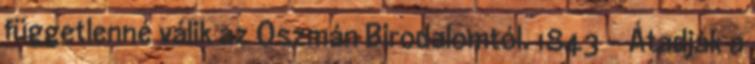
függetlenné válik az Oszmán Birodalomtól. 1843 - Átadják a